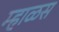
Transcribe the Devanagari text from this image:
म्हाळस